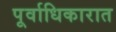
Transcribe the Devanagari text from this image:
पूर्वाधिकारात